Scottish Certificate of Education, 1963
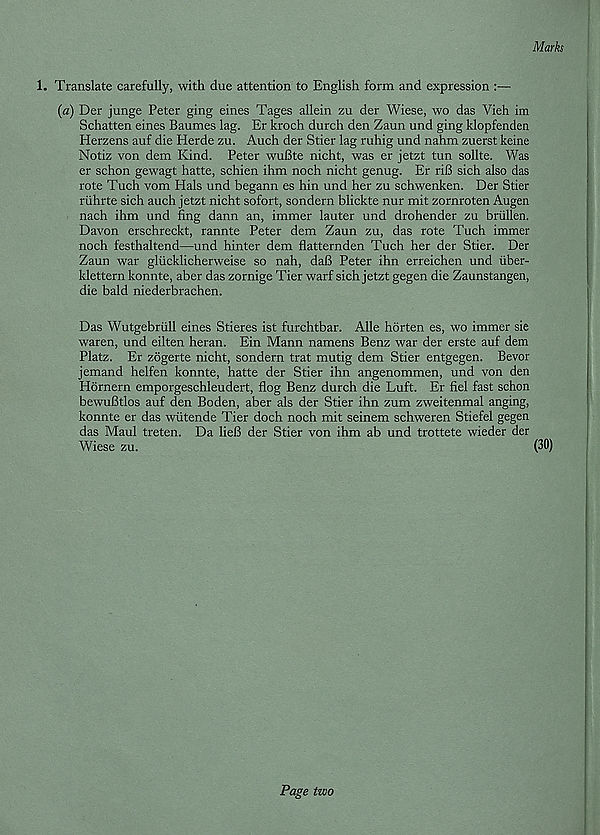
Marks
1. Translate carefully, with due attention to English form and expression :—
(a) Der junge Peter ging eines Tages allein zu der Wiese, wo das Vieh im
Schatten eines Baumes lag. Er kroch durch den Zaun und ging klopfenden
Herzens auf die Plerde zu. Auch der Stier lag ruhig und nahm zuerst keine
Notiz von dem Kind. Peter wuGte nicht, was er jetzt tun sollte. Was
er schon gewagt hatte, schien ihm noch nicht genug. Er riB sich also das
rote Tuch vom Hals und begann es hin und her zu schwenken. Der Stier
riihrte sich auch jetzt nicht sofort, sondern blickte nur mit zornroten Augen
nach ihm und fing dann an, immer lauter und drohender zu briillen.
Davon erschreckt, rannte Peter dem Zaun zu, das rote Tuch immer
noch festhaltend—und hinter dem flatternden Tuch her der Stier. Der
Zaun war gliicklicherweise so nah, daB Peter ihn erreichen und iiber-
klettern konnte, aber das zornige Tier warf sich jetzt gegen die Zaunstangen,
die bald niederbrachen.
Das Wutgebriill eines Stieres ist furchtbar. Alle horten es, wo immer sie
waren, und eilten heran. Ein Mann namens Benz war der erste auf dem
Platz. Er zogerte nicht, sondern trat mutig dem Stier entgegen. Bevor
jemand helfen konnte, hatte der Stier ihn angenommen, und von den
Hdrnern emporgeschleudert, flog Benz durch die Luft. Er fiel fast schon
bewuBtlos auf den Boden, aber als der Stier ihn zum zweitenmal anging,
konnte er das wiitende Tier doch noch mit seinem schweren Stiefel gegen
das Maul treten. Da lieB der Stier von ihm ab und trottete wieder der
Wiese zu.
(30)
Page two